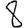
Digit: 8